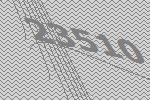
23510